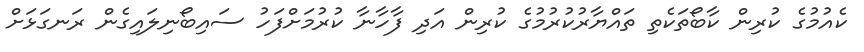
ކެއުމުގެ ކުރިން ކާބޯތަކެތި ތައްޔާރުކުރުމުގެ ކުރިން އަދި ފާހާނާ ކުރުމަށްފަހު ސައިބޯނިލައިގެން ރަނގަޅަށް